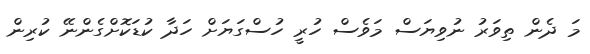
މަ ދެން ތިވަރު ނުވިޔަސް މަވެސް ހުރީ ހުސްގަޔަށް ހަދާ ކުޑަކޮށްގެންނޭ ކުރިން